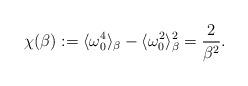
LaTeX: \begin{align*} \chi(\beta):=\langle \omega_0^4 \rangle_\beta - \langle \omega_0^2\rangle_\beta^2=\frac{2}{\beta^2}. \end{align*}